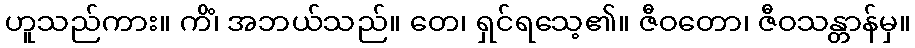
ဟူသည်ကား။ ကိံ၊ အဘယ်သည်။ တေ၊ ရှင်ရသေ့၏။ ဇီဝတော၊ ဇီဝသန္တာန်မှ။